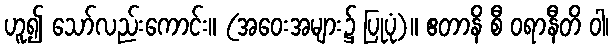
ဟူ၍ သော်လည်းကောင်း။ (အဝေးအများ၌ ပြုပုံ)။ ဧတာနိ စီ ဝရာနီတိ ဝါ၊